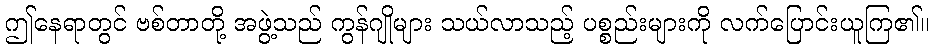
ဤနေရာတွင် ဗစ်တာတို့ အဖွဲ့သည် ကွန်ဂျိုများ သယ်လာသည့် ပစ္စည်းများကို လက်ပြောင်းယူကြ၏။